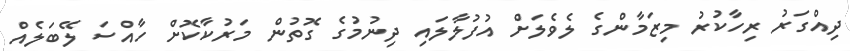
ދިއްގަރު ރިހާކުރު މިޒަމާންގެ ލެވެލަށް އުފުލާލައި ދިނުމުގެ ގޮތުން މަރުކާކޮށް ހާއްސަ ލޭބަލެއް